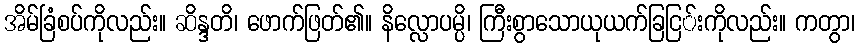
အိမ်ခြံစပ်ကိုလည်း။ ဆိန္ဒတိ၊ ဖောက်ဖြတ်၏။ နိလ္လောပမ္ပိ၊ ကြီးစွာသောယုယက်ခြငြ်းကိုလည်း။ ကတွာ၊